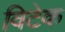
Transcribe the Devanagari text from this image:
विटेक